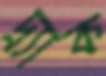
দ্র্যাক